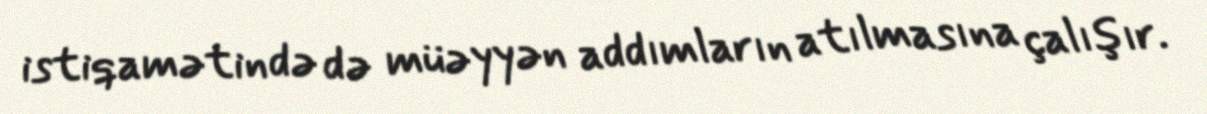
istiqamətində də müəyyən addımların atılmasına çalışır.